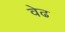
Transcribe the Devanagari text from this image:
वेढ